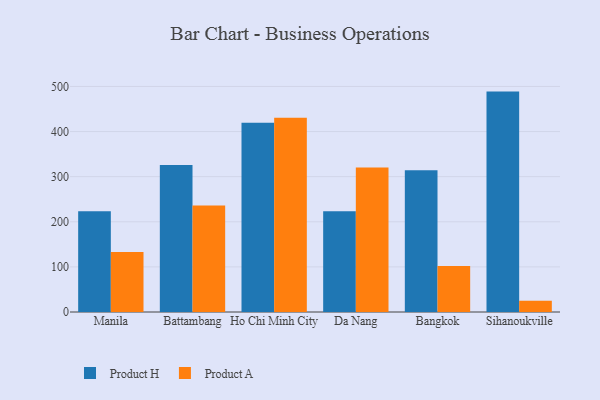
{"axis": {"x": "City", "y": "Active Users"}, "legend": ["Product A", "Product H"], "data": [{"x": "Manila", "y": 223.3, "type": "Product H"}, {"x": "Manila", "y": 132.8, "type": "Product A"}, {"x": "Battambang", "y": 326.0, "type": "Product H"}, {"x": "Battambang", "y": 236.2, "type": "Product A"}, {"x": "Ho Chi Minh City", "y": 419.5, "type": "Product H"}, {"x": "Ho Chi Minh City", "y": 430.6, "type": "Product A"}, {"x": "Da Nang", "y": 223.2, "type": "Product H"}, {"x": "Da Nang", "y": 320.5, "type": "Product A"}, {"x": "Bangkok", "y": 314.2, "type": "Product H"}, {"x": "Bangkok", "y": 101.8, "type": "Product A"}, {"x": "Sihanoukville", "y": 488.6, "type": "Product H"}, {"x": "Sihanoukville", "y": 25.2, "type": "Product A"}]}